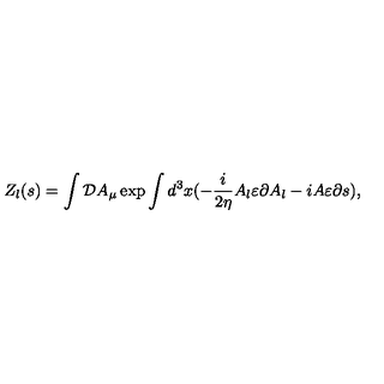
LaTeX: Z _ { l } ( s ) = \int { \cal D } A _ { \mu } \exp \int d ^ { 3 } x ( - \frac i { 2 \eta } A _ { l } \varepsilon \partial A _ { l } - i A \varepsilon \partial s ) ,